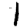
Digit: 1